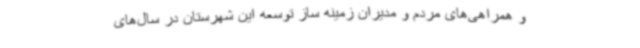
و همراهی‌های مردم و مدیران زمینه ساز توسعه این شهرستان در سال‌های